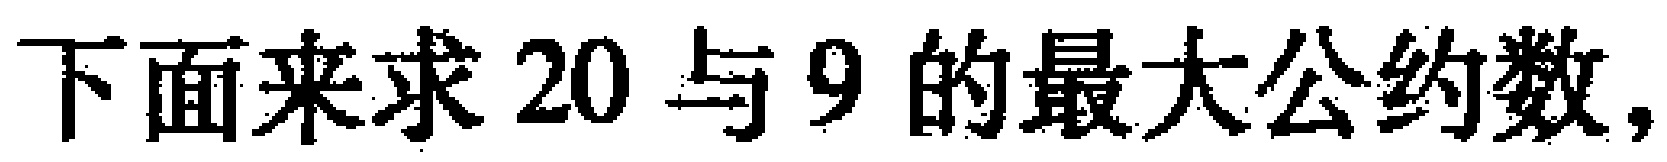
下面来求 20 与 9 的最大公约数，